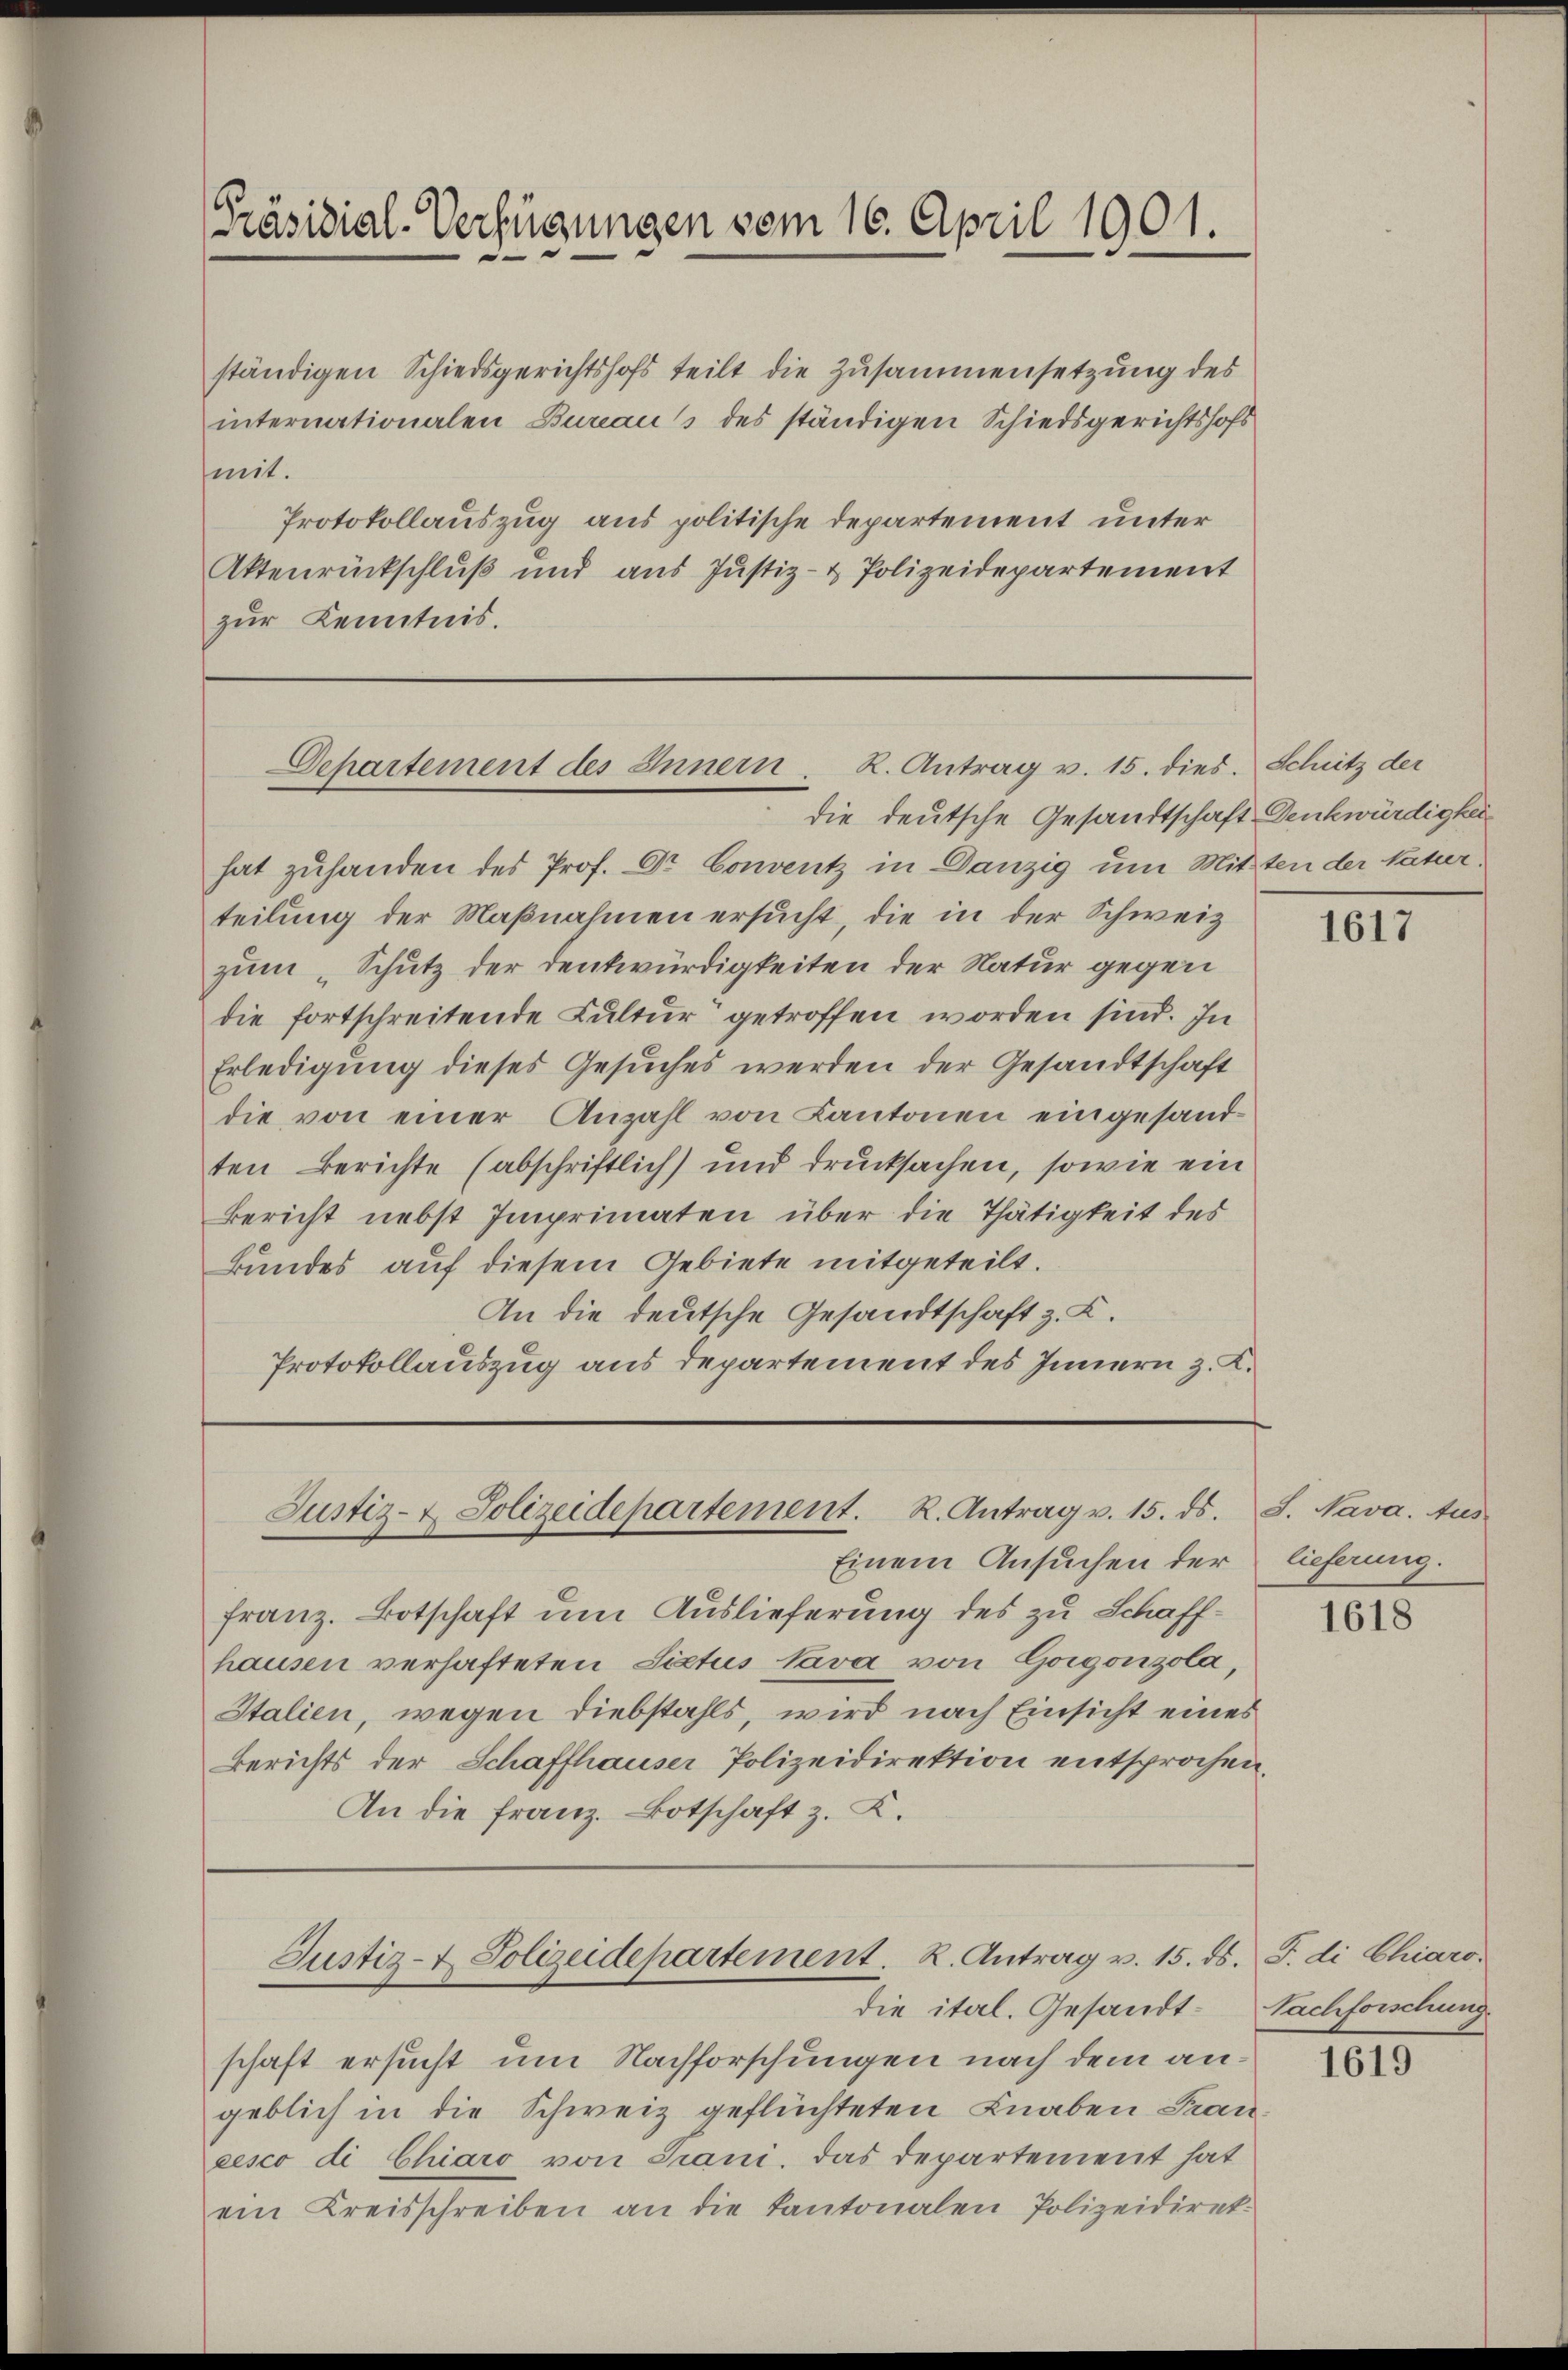
Präsidial-Verfügungen vom 16. April 1901.

ständigen Schiedsgerichtshofs teilt die Zusammensetzung des
internationalen Bureaus des ständigen Schiedsgerichtshofs
mit.
Protokollauszug aus politische Departement unter
Aktenrückschluß und aus Justiz- & Polizeidepartement
zur Kenntnis.

Departement des Innern. K. Antrag v. 15. dies. Schutz der

die deutsche Gesandtschaft Denkwürdigkei
hat zuhanden des Prof. Dr. Conventz in Danzig um Mitten der katur.
teilung der Maßnahmen ersucht, die in der Schweiz
zum „Schutz der Denkwürdigkeiten der Natur gegen
die fortschreitende Kultur getroffen worden sind. In
Erledigung dieses Gesuches werden der Gesandtschaft
die von einer Anzahl von Kantonen eingesandten Berichte (abschriftlich) und drucksachen, sowie ein
Bericht nebst Imprimaten über die Thätigkeit des
kundes auf diesem Gebiete mitgeteilt.
An die deutsche Gesandtschaft z. K.
Protokollauszug aus Departement des Innern z. K.

Justiz- & Polizeidepartement. R. Antrag v. 15. ds. S. Nava. tus

Einem Ansuchen der lieferung.
franz. Botschaft um Auslieferung des zu Schaffhausen verhafteten Sictus Cava von Gorgonzola,
Italien, wegen Diebstahls, wird nach Einsicht eines
Berichts der Schaffhauser Polizeidirektion entsprochen.
An die Franz. Botschaft z. K.

Justiz- & Polizeidepartement. K. Antrag v. 15. ds. J. di Chiaro¬

die ital. Gesandt-Nachforschung
schaft ersucht um Nachforschungen nach dem angeblich in die Schweiz geflüchteten Knaben Krancesco di Chiaro von Grani, das Departement hat
ein Kreisschreiben an die Kantonalen Polizeidiret.

1617

1618

1619